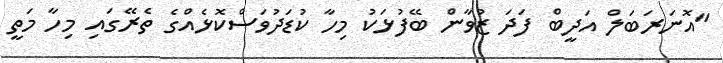
"އޮނަރަބަލް އަދީބް ފަދަ ޒުވާން ބޭފުޅަކު މިހާ ކުޑަދުވަސްކޮޅެއްގެ ތެރޭގައި މިހާ މަތީ